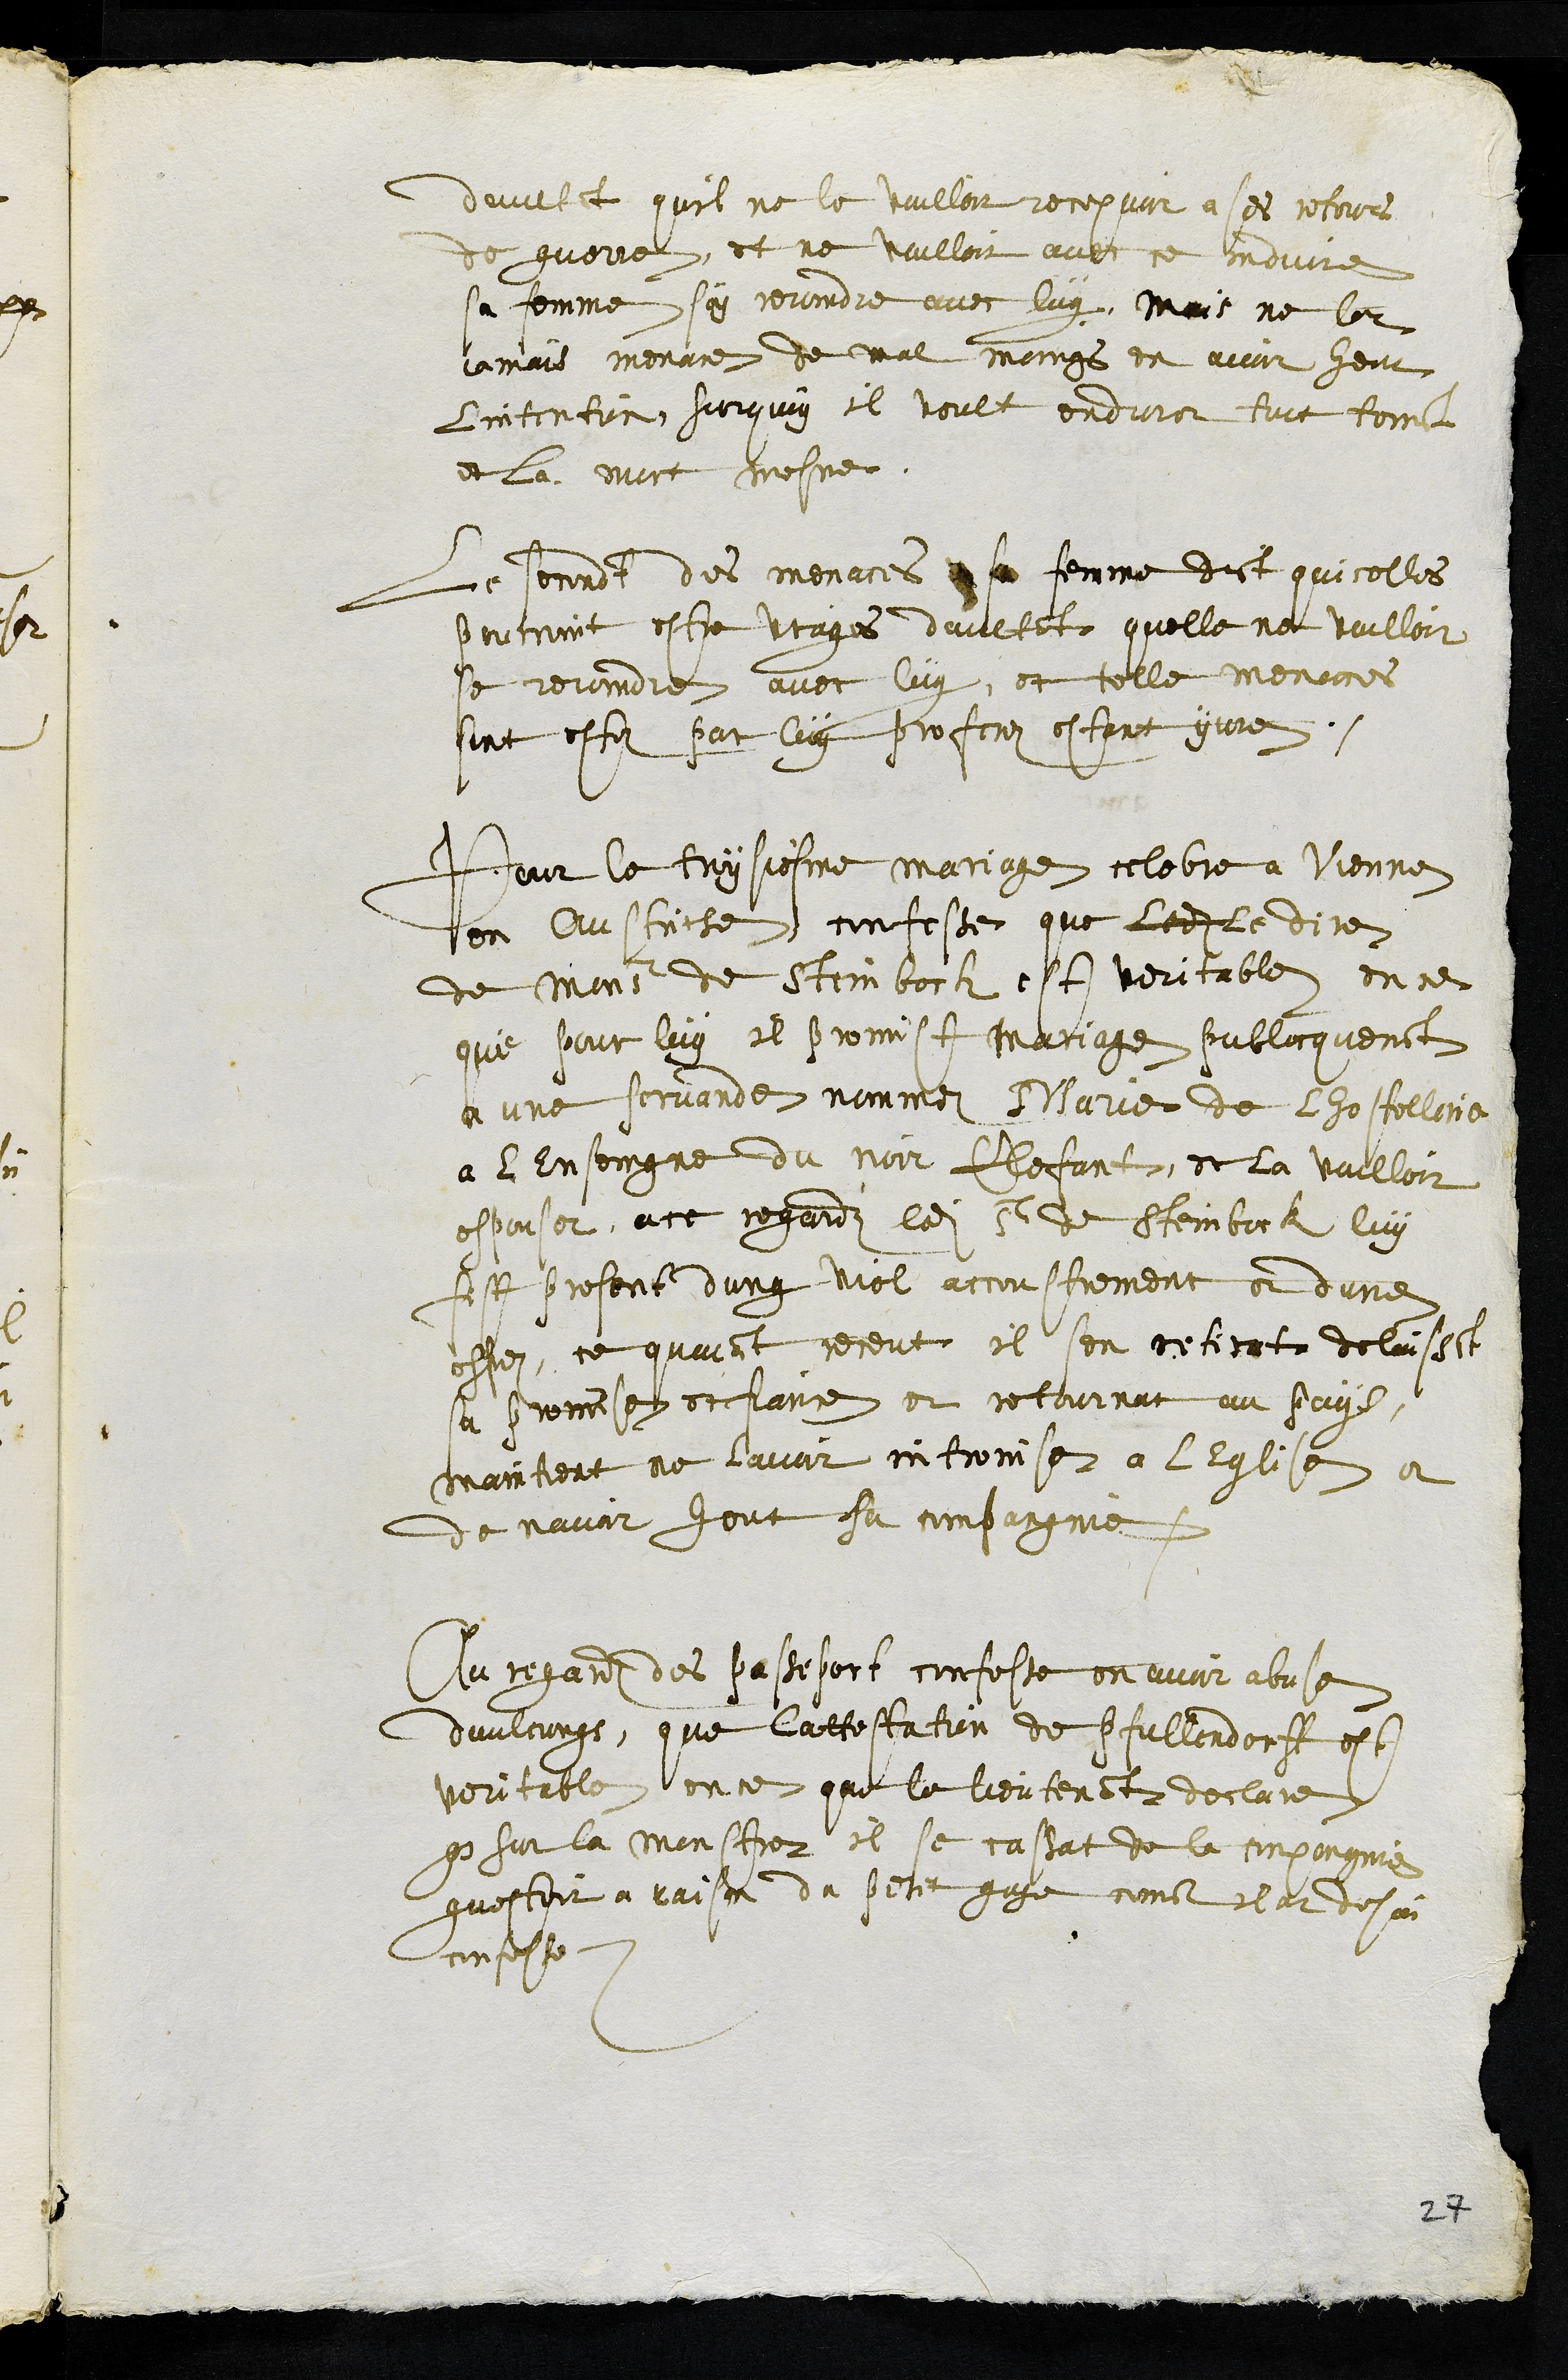
daultant quil ne le vuilloit recepvoir a ses retours
de guerre, et ne vuilloit avec ce induire
sa femme soy rejoindre avec luy, mais ne lat
jamais menace de mal moings en avoir heut
l'intention, sur quoy il veult enduret tout torment
et la mort mesme.
Le secondt des menaces a sa femme dict quicelles
pourroint estre vrayes daultant quelle ne voulloit
se rejoindre avec luy, et telle menaces
sont estez par luy proferez estant yvre.
Pour le troysiesme mariage celebre a Vienne
en Austriche confesse que ledit le dire
de Monsieur de Steinbock est veritable en ce
que pour luy il promist mariage publicquement
a une servande nommé Marie de lhostellerie
a lEnsoingne du noir Elefant, et la vuilloit
espouser, a ce regard ledit Sr de Steinbock luy
fist present dung viel accoustrement et dune
espez, ce quayant receut il sen retiroit delaissant
sa promise et fiance et retournat au pays,
maintient ne lavoir intronise a lEglise et
de navoir heut sa compagnie.
Au regard des passeport confesse en avoir abuse
daulcungs, que lattestation de Pfullendorff est
veritable, en ce que le lieutenant declare
que sur la monstre il se cassat de la conpangnie
questoit a raison du petit gage comme il at desja
confesse.
27